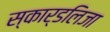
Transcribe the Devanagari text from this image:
स्कार्डलिजा